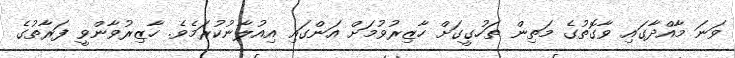
ވަނަ މާއްދާގައި ވާގޮތުގެ މަތިން ތަހުގީގަށް ހާޒިރުވުމަށް އަންގައި އިއުލާނުކުރަމެވެ. ހާޒިރުވާންވީ ފަރާތުގެ